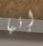
إنها